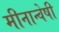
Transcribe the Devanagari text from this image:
मीनान्वेषी